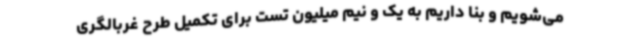
می‌شویم و بنا داریم به یک و نیم میلیون تست برای تکمیل طرح غربالگری